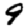
Digit: 9